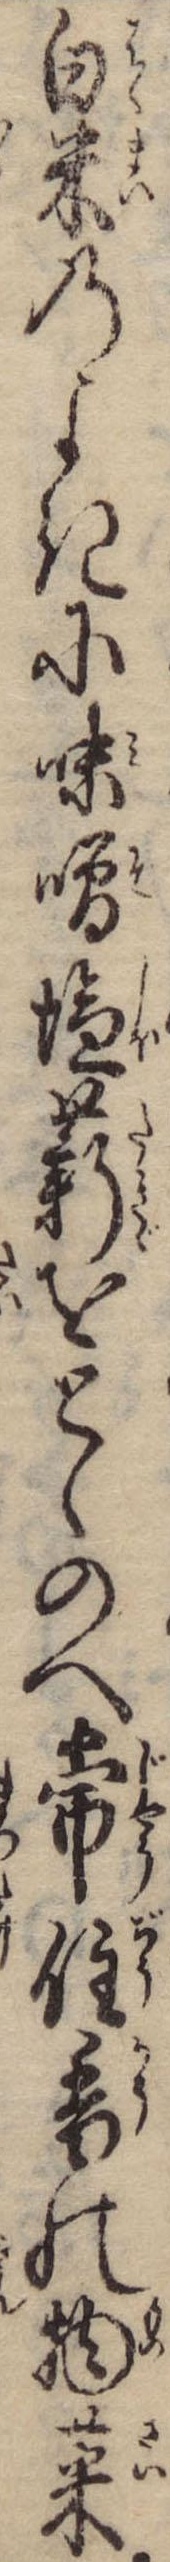
白米のよきに味噌塩薪をとゝのへ常住香の物菜